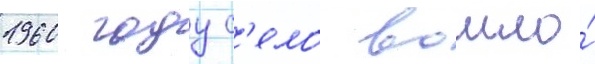
1960 году с'ело вошло́